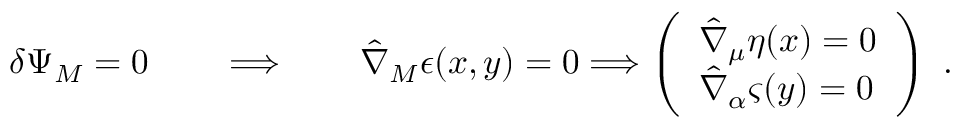
\delta \Psi _ { M } = 0 \qquad \Longrightarrow \qquad \hat { \nabla } _ { M } \epsilon ( x , y ) = 0 \Longrightarrow \left( \begin{array} { l } { { \hat { \nabla } _ { \mu } \eta ( x ) = 0 } } \\ { { \hat { \nabla } _ { \alpha } \varsigma ( y ) = 0 } } \end{array} \right) \ .